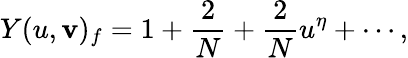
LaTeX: Y(u,\mathbf{v})_{f}=1+\frac{{2}}{{N}}+\frac{{2}}{{N}}u^{\eta}+\cdots,